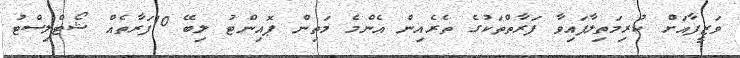
ވަޒީފާއަށް ކުރިމަތިލާފައިވާ ފަރާތްތަކުގެ ތެރެއިން އެންމެ މަތިން ޕޮއިންޓު ލިބޭ 10ފަރާތެއް ޝޯޓްލިސްޓު